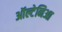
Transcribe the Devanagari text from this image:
ऑल्टेनिआ